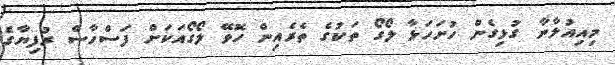
މިއިއުލާނާ ގުޅިގެން ހުށަހަޅާ ލޯގޯ ތަކުގެ ތެރެއިން ހޮވޭ ލޯގޯއަކަށް ފަސްހާސް ރުފިޔާގެ